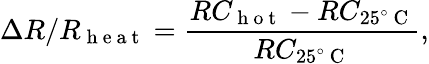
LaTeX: \Delta R/R_{\mathrm{~h~e~a~t~}}=\frac{RC_{\mathrm{~h~o~t~}}-RC_{25^{\circ}\mathrm{~C~}}}{RC_{25^{\circ}\mathrm{~C~}}},